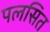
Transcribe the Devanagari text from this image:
पलसित